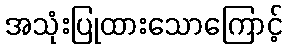
အသုံးပြုထားသောကြောင့်